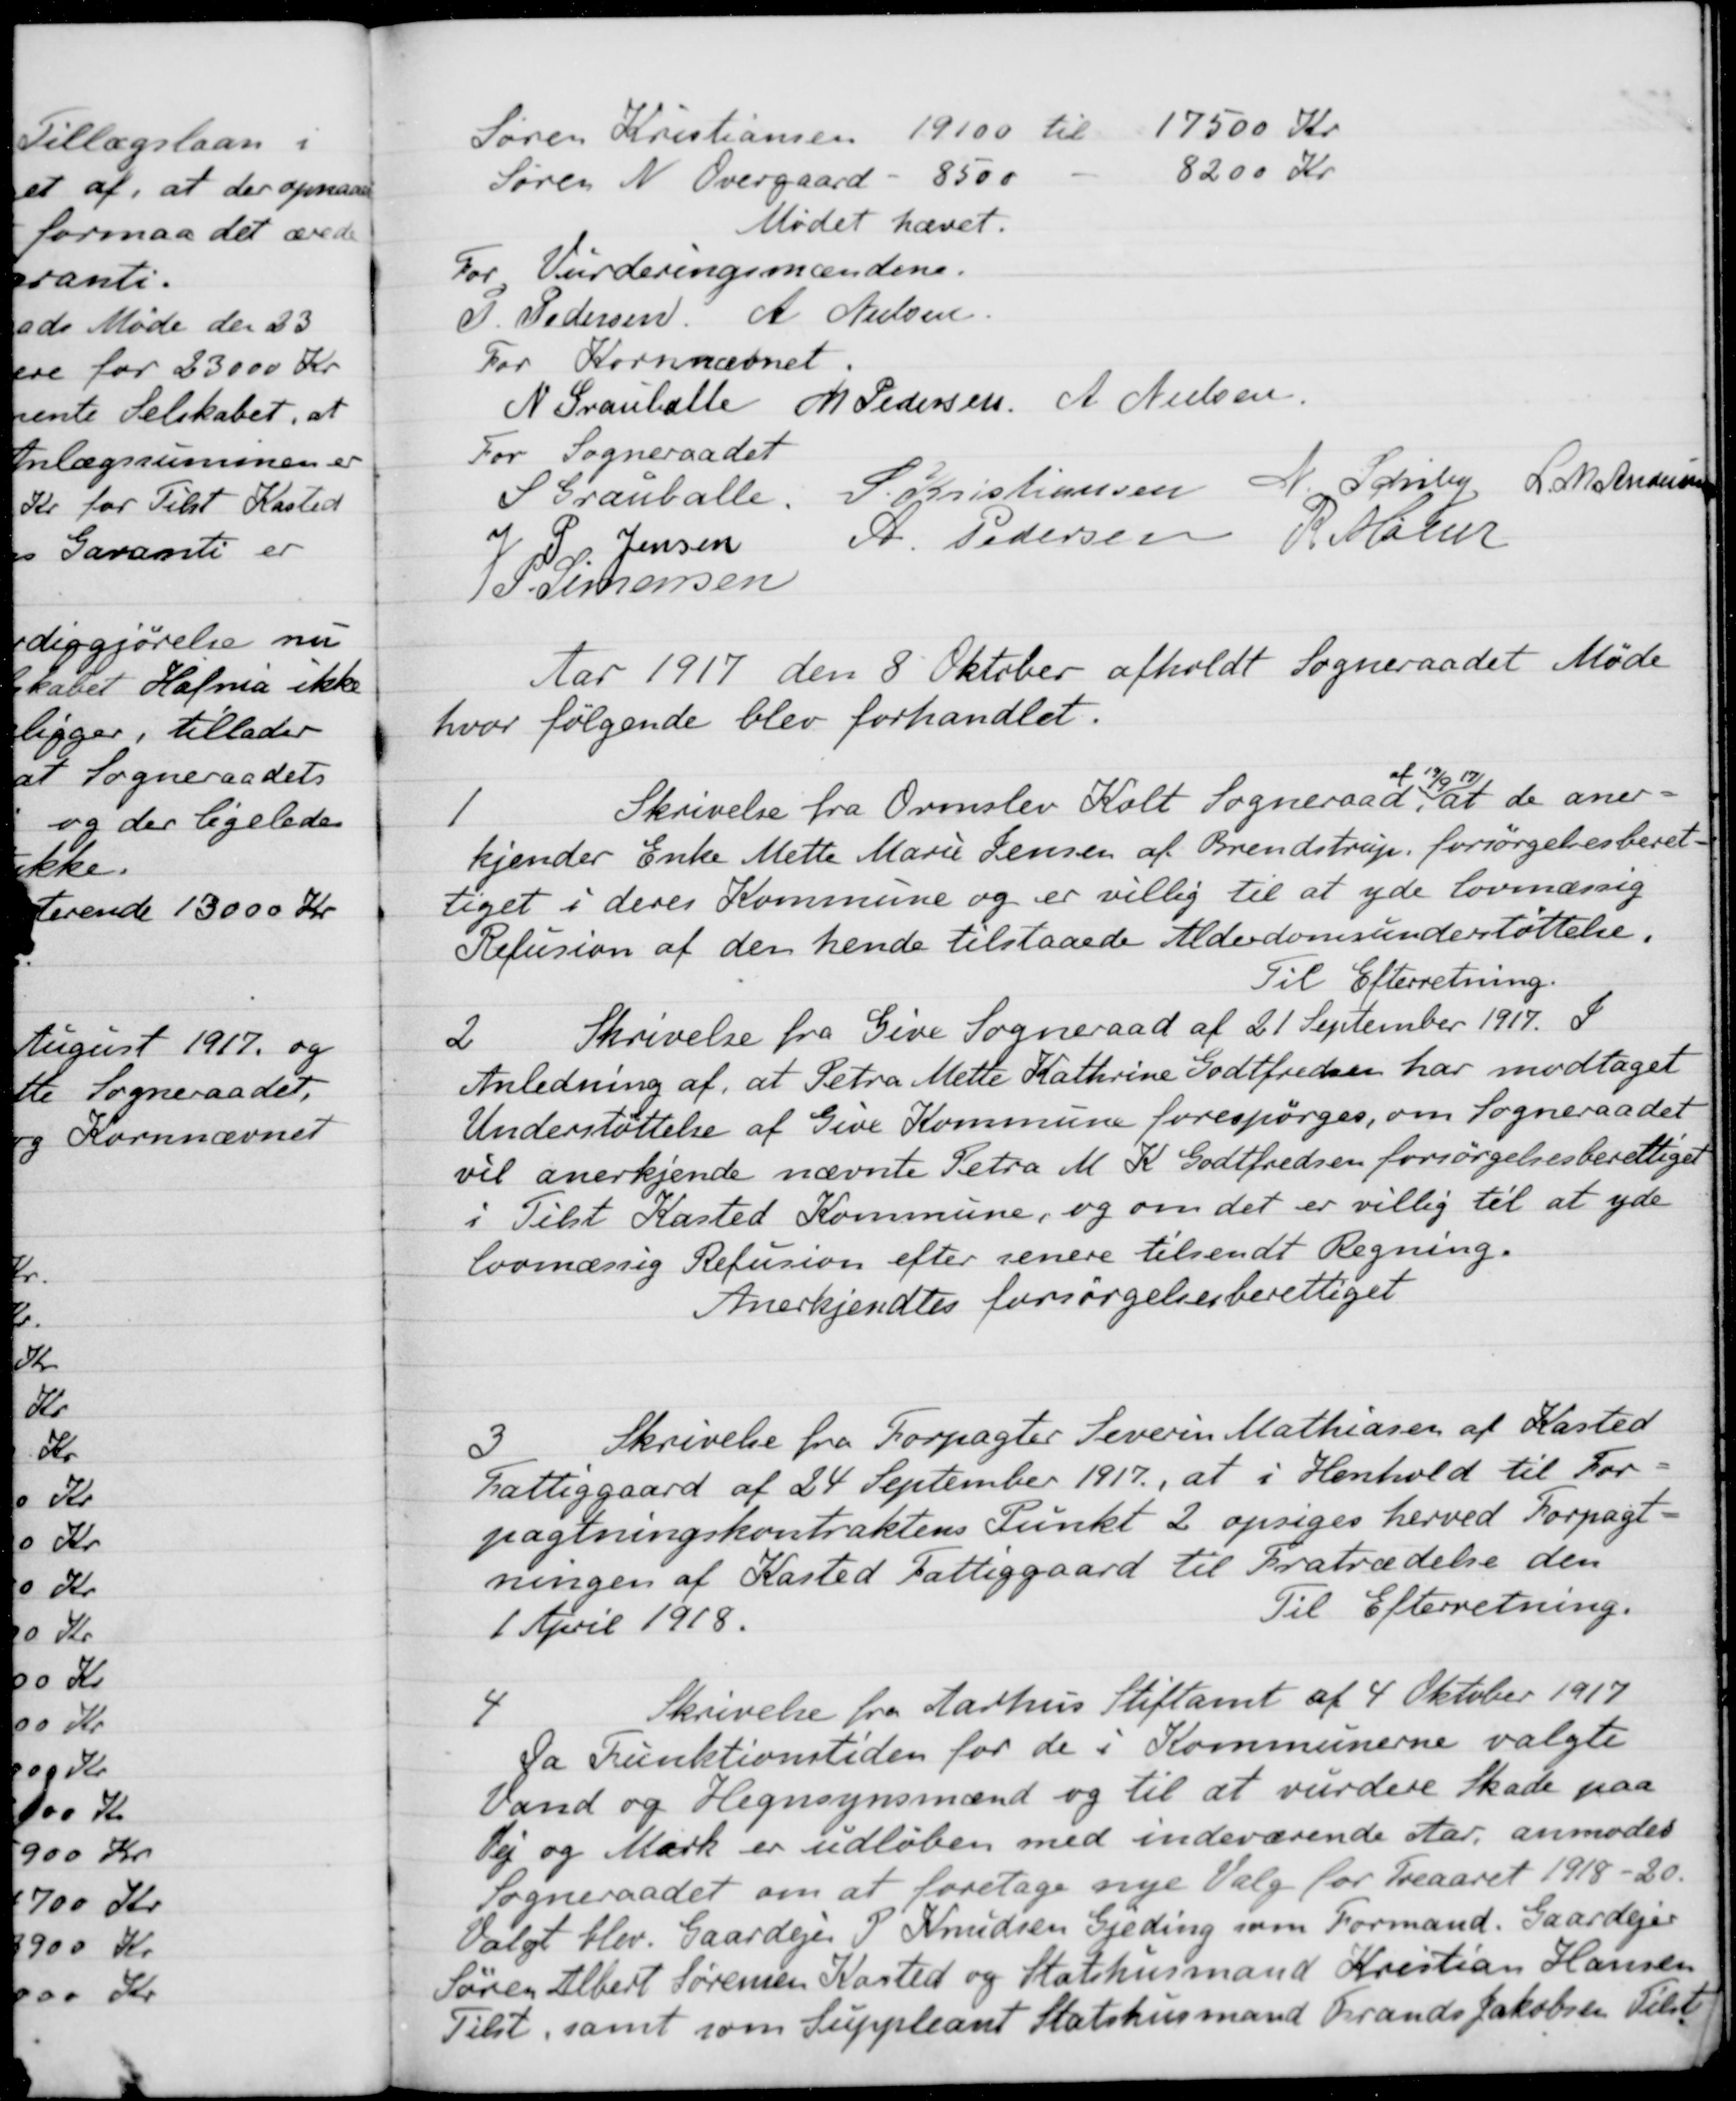
Transskription:
Søren Kristiansen
19100 til
17500 Kr
Søren N. Overgaard
8500
8200 Kr
Mødet hævet.
For Vurderingsmændene.
P. Pedersen A. Nielsen
For Kornnævnet.
N. Grauballe
M Pedersen
A. Nielsen
For Sogneraadet
S Grauballe.
S Christiansen
N. Schiby
L. M. Andersen
J P Jensen
A. Pedersen
R Møller
P. Simonsen
Aar 1917 den 8 Oktober afholdt Sogneraadet Møde
hvor følgende blev forhandlet.
1
Skrivelse fra Ormslev Kolt Sogneraad
af 19/9 17
at de aner-
kjender Enke Mette Marie Jensen af Brendstrup, forsørgelsesberet
tiget i deres Kommune og er villig til at yde lovmæssig
Refusion af den hende tilstaaede Alderdomsunderstøttelse.
Til Efterretning.
2
Skrivelse fra Give Sogneraad af 21 September 1917. I
Anledning af, at Petra Mette Kathrine Godtfredsen har modtaget
Understøttelse af Give Kommune forespørges, om Sogneraadet
vil anerkjende nævnte Petra M. K. Godtfredsen forsørgelsesberettiget
i Tilst Kasted Kommune, og om det er villig til at yde
lovmæssig Refusion efter senere tilsendt Regning.
Anerkjendtes forsørgelsesberettiget
3
Skrivelse fra Forpagter Severen Mathiasen af Kasted
Fattiggaard af 24 September 1917, at i Henhold til For
pagtningskontraktens Punkt 2 opsiges herved Forpagt-
ningen af Kasted Fattiggaard til Fratrædelse den
1 April 1918.
Til Efterretning.
4
Skrivelse fra Aarhus Stiftamt af 4 Oktober 1917
Da Funktionstiden for de i Kommunerne valgte
Vand og Hegnsynsmænd og til at vurdere Skade paa
Vej og Mark er udløben med indeværende Aar, anmodes
Sogneraadet om at foretage nye Valg for Treaaret 1918-20.
Valgt blev Gaardejer P. Knudsen Gjeding som Formand. Gaardejer
Søren Albert Sørensen Kasted og Statshusmand Kristian Hansen
Tilst, samt som Suppleant Statshusmand Frands Jakobsen Tilst